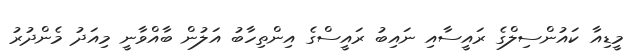
މީޑިއާ ކައުންސިލްގެ ރައީސާއި ނައިބު ރައީސްގެ އިންތިހާބު އަލުން ބާއްވާނީ މިއަދު މެންދުރު